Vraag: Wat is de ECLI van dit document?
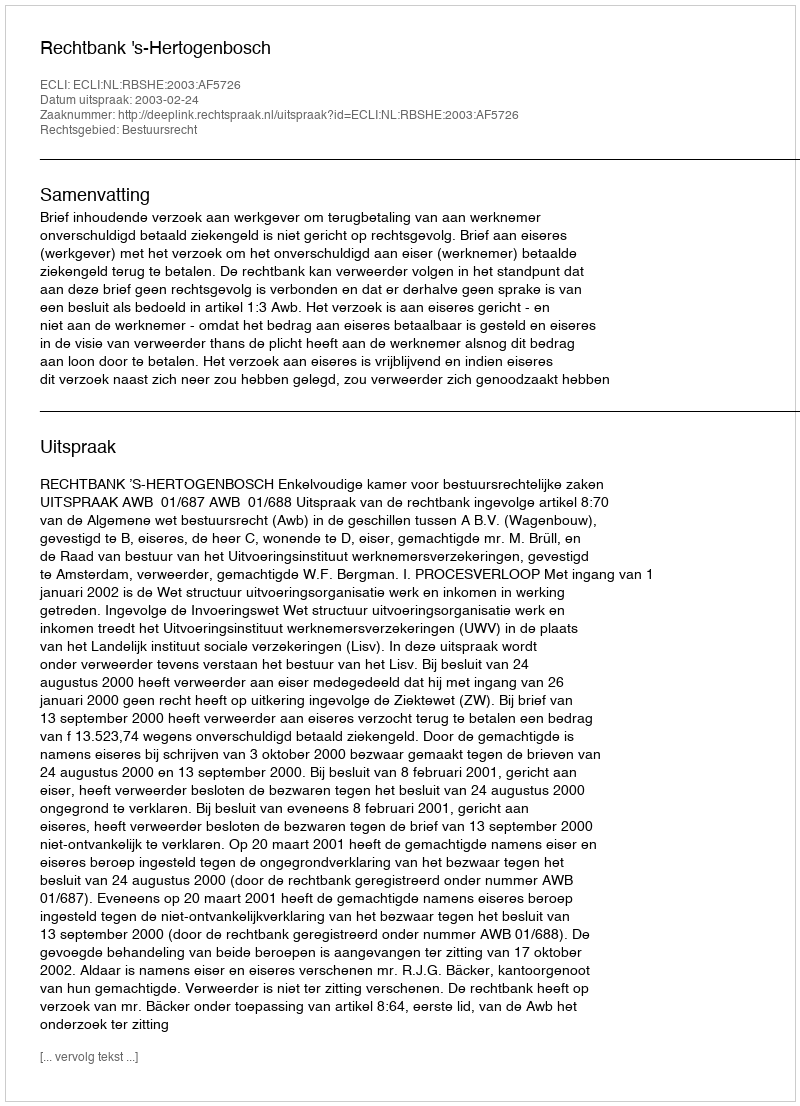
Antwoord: ECLI:NL:RBSHE:2003:AF5726